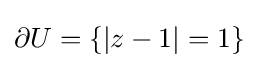
\partial U=\{|z-1|=1\}